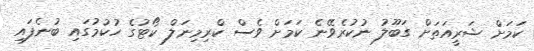
ކަމަށް ޝަރީއަތަށް ގަބޫލު ނުކުރެވޭނެ ކަމަށް ވެސް ކްރިމިނަލް ކޯޓުގެ ހުކުމުގައި ބުނެފައި